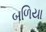
બળિયા